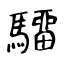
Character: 驑